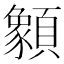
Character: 𩕓